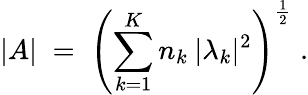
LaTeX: |A|\; =\; \left(\sum_{k=1}^{K}n_{k}\: |\lambda_{k}|^{2}\right)^{\frac{1}{2}}\; .